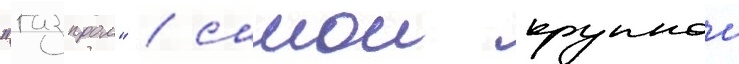
"газпром" / самои крупнои